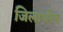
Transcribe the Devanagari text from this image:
जिलाधीष